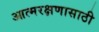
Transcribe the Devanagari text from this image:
आत्मरक्षणासाठी